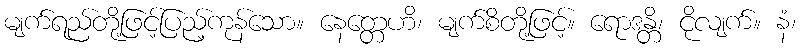
မျက်ရည်တို့ဖြင့်ပြည့်ကုန်သော။ နေတ္တေဟိ၊ မျက်စိတို့ဖြင့်။ ရောဒန္တိ၊ ငိုလျက်။ နံ၊